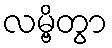
လမ္ဗိတွာ